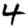
Digit: 4